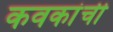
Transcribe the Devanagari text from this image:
कवकांची